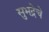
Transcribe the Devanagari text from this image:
सुभद्रेचे